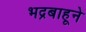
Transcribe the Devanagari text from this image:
भद्रबाहूने